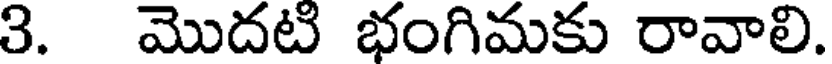
3. మొదటి భంగిమకు రావాలి.